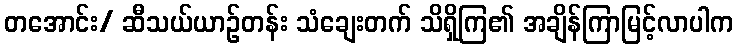
တအောင်း/ ဆီသယ်ယာဉ်တန်း သံချေးတက် သိရှိကြ၏ အချိန်ကြာမြင့်လာပါက